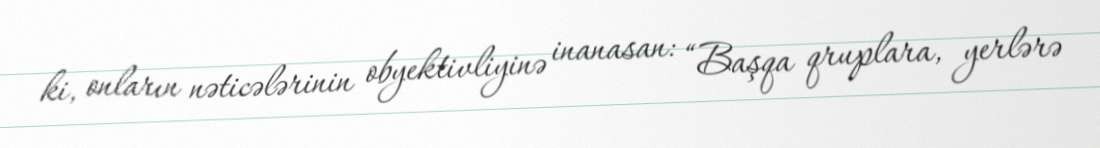
ki, onların nəticələrinin obyektivliyinə inanasan: “Başqa qruplara, yerlərə